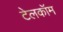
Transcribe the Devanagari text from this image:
टेलकॉम